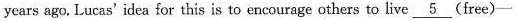
years ago. Lucas' idea for this is to encourage others to live \underline{5}(free)一